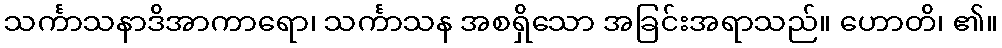
သင်္ကာသနာဒိအာကာရော၊ သင်္ကာသန အစရှိသော အခြင်းအရာသည်။ ဟောတိ၊ ၏။